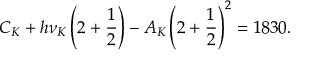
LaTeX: C _ { K } + h \nu _ { K } \left( 2 + \frac { 1 } { 2 } \right) - A _ { K } \left( 2 + \frac { 1 } { 2 } \right) ^ { 2 } = 1 8 3 0 .